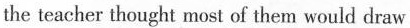
the teacher thought most of them would draw